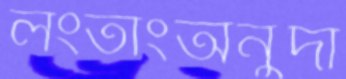
লংতাংঅনুদা